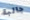
جالبة